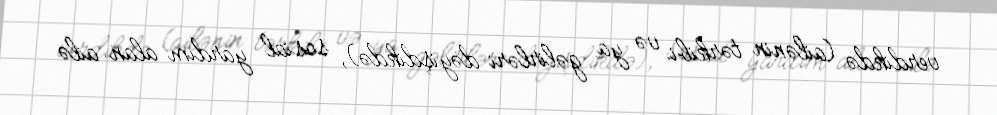
verdikdə (ailənin tərkibi və ya gəlirləri dəyişdikdə), sosial yardım alan ailə